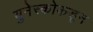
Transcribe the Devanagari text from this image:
युनेस्कोकडून